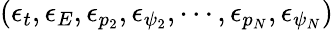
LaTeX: (\epsilon_{t},\epsilon_{E},\epsilon_{p_{2}},\epsilon_{\psi_{2}},\cdots,\epsilon_{p_{N}},\epsilon_{\psi_{N}})